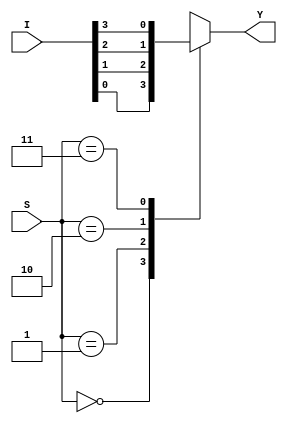
/*  Circuitos Digitales 1
    I ciclo 2022  
Pablo Duran Segura
**Este cdigo es una adaptacin de un programa brindado por Geovanny Delgado Cascante**/

// El presente programa describe un multiplexor 4x1 con sentencia Case 

module MUX4x1_Case  (  input [3:0] I ,      //Entradas de datos 
                        input [1:0] S,     //Lineas de seleccion
                        output reg Y);    //Salida del multiplexor



always @ (*)    //Se evaluan todas las combinaciones de la entrada S
    case  (S)
        2'd0 : Y = I[0];   //Asigna la entrada 0 en Y si S=00
        2'd1 : Y = I[1];   //Asigna la entrada 1 en Y si S=01
        2'd2 : Y = I[2];   //Asigna la entrada 2 en Y si S=10
        2'd3 : Y = I[3];   //Asigna la entrada 3 en Y si S=11
    endcase

endmodule